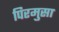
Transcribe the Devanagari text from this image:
पिरमुसा